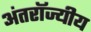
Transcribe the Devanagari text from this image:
अंतरॉज्यीय